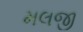
મલજી